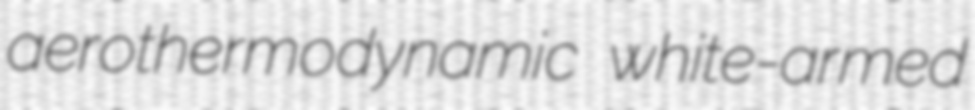
aerothermodynamic white-armed